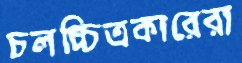
চলচ্চিত্রকারেরা